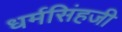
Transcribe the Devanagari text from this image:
धर्मसिंहजी